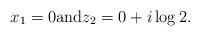
LaTeX: \begin{align*}x_1=0 \mbox{and} z_2 = 0 + i \log 2.\end{align*}